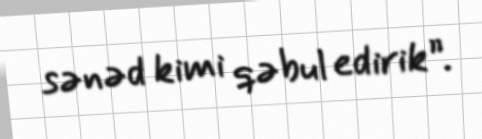
sənəd kimi qəbul edirik”.